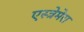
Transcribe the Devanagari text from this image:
एस्त्रेमेरा